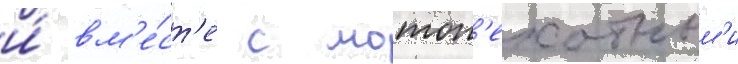
и́ вм'е́ст'е с мотоп'ехотным'и